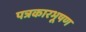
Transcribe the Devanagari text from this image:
पत्रकारभूषण